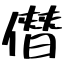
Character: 僭